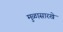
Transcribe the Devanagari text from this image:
मुळासारखे